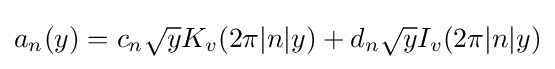
a_{n}(y)=c_{n}{\sqrt {y}}K_{v}(2\pi |n|y)+d_{n}{\sqrt {y}}I_{v}(2\pi |n|y)